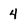
Character: 4